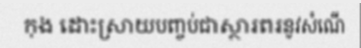
កុង ដោះស្រាយបញ្ចប់ជាស្ថារពរនូវសំណើ